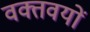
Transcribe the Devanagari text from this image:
वक्तवयों